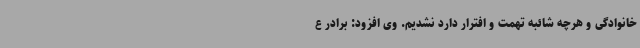
خانوادگی و هرچه شائبه تهمت و افترار دارد نشدیم. وی افزود: برادر ع